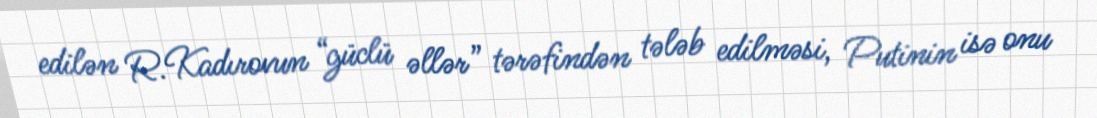
edilən R.Kadırovun “güclü əllər” tərəfindən tələb edilməsi, Putinin isə onu